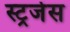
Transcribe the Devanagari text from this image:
स्ट्रर्जेस